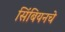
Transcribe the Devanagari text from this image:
सिंबियनचे